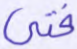
فتى